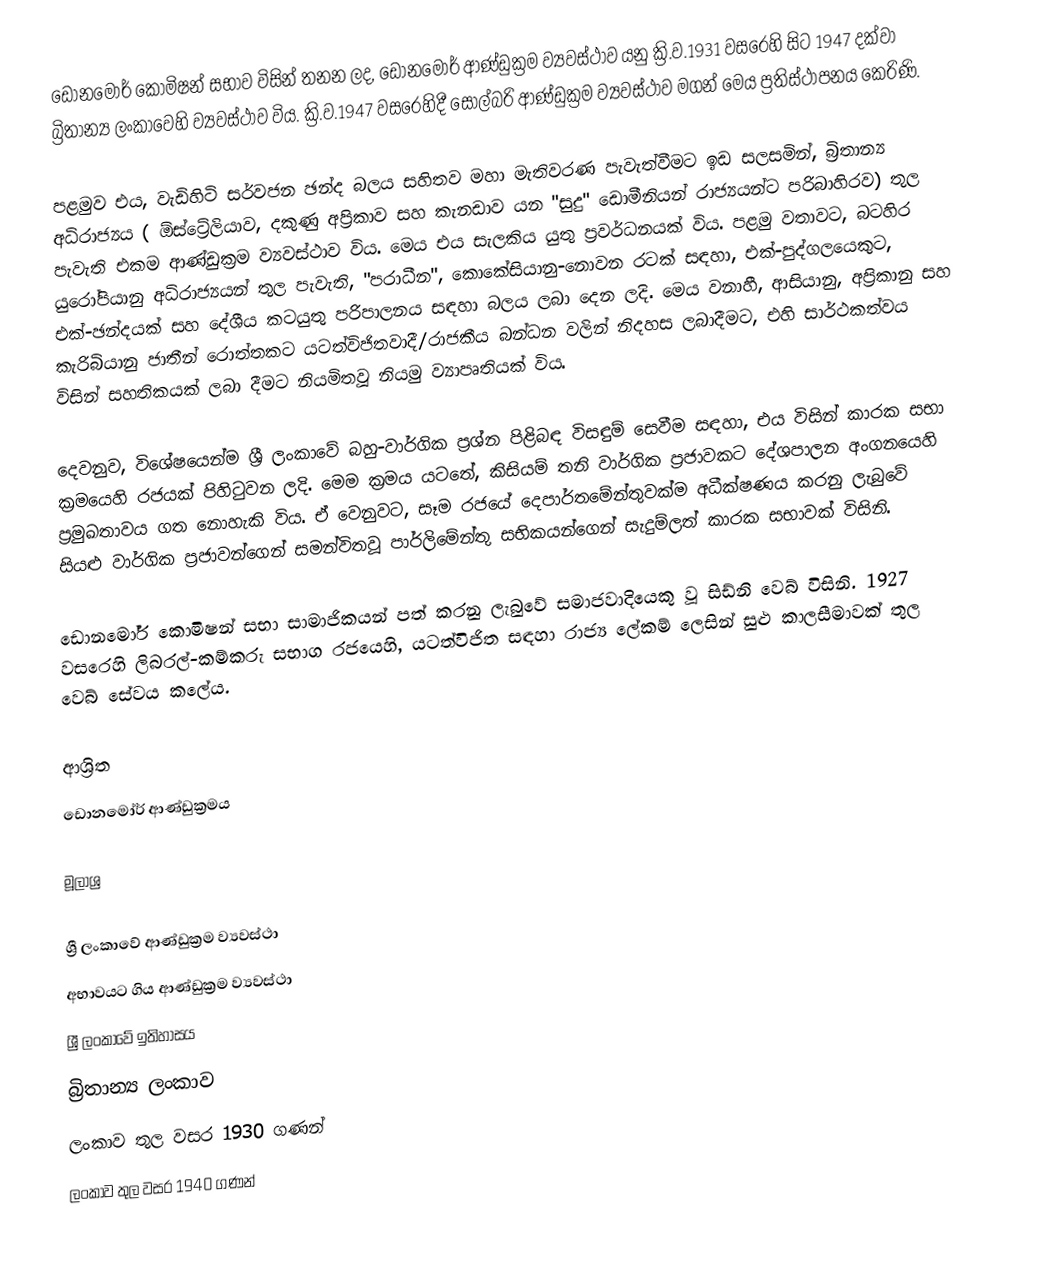
ඩොනමෝර් කොමිෂන් සභාව විසින් තනන ලද, ඩොනමෝර් ආණ්ඩුක්‍රම ව්‍යවස්ථාව යනු ක්‍රි.ව.1931 වසරෙහි සිට 1947 දක්වා බ්‍රිතාන්‍ය ලංකාවෙහි ව්‍යවස්ථාව විය. ක්‍රි.ව.1947 වසරෙහිදී  සෝල්බරි ආණ්ඩුක්‍රම ව්‍යවස්ථාව මගන් මෙය ප්‍රතිස්ථාපනය කෙරිණි.

පළමුව එය, වැඩිහිටි  සර්වජන ඡන්ද බලය සහිතව මහා මැතිවරණ පැවැත්වීමට ඉඩ සලසමින්, බ්‍රිතාන්‍ය අධිරාජ්‍යය ( ඕස්ට්‍රේලියාව, දකුණු අප්‍රිකාව සහ කැනඩාව යන  "සුදු" ඩොමීනියන් රාජ්‍යයන්ට පරිබාහිරව) තුල පැවැති එකම ආණ්ඩුක්‍රම ව්‍යවස්ථාව විය. මෙය එය සැලකිය යුතු ප්‍රවර්ධනයක් විය. පළමු වතාවට, බටහිර යුරෝපියානු අධිරාජ්‍යයන් තුල පැවැති, "පරාධීන", කොකේසියානු-නොවන රටක් සඳහා, එක්-පුද්ගලයෙකුට, එක්-ඡන්දයක් සහ දේශීය කටයුතු පරිපාලනය සඳහා බලය ලබා දෙන ලදි. මෙය වනාහී, ආසියානු, අප්‍රිකානු සහ  කැරිබියානු  ජාතීන් රොත්තකට යටත්විජිතවාදී/රාජකීය බන්ධන වලින් නිදහස ලබාදීමට, එහි සාර්ථකත්වය විසින් සහතිකයක් ලබා දීමට නියමිතවූ නියමු ව්‍යාපෘතියක් විය.

දෙවනුව, විශේෂයෙන්ම  ශ්‍රී ලංකාවේ බහු-වාර්ගික ප්‍රශ්න පිළිබඳ විසඳුම් සෙවීම සඳහා, එය විසින් කාරක සභා ක්‍රමයෙහි රජයක් පිහිටුවන ලදි. මෙම ක්‍රමය යටතේ, කිසියම් තනි වාර්ගික ප්‍රජාවකට දේශපාලන අංගනයෙහි ප්‍රමුඛතාවය ගත නොහැකි විය. ඒ වෙනුවට, සෑම රජයේ දෙපාර්තමේන්තුවක්ම අධීක්ෂණය කරනු ලැබුවේ සියළු වාර්ගික ප්‍රජාවන්ගෙන් සමන්විතවූ පාර්ලිමේන්තු සභිකයන්ගෙන් සැදුම්ලත් කාරක සභාවක් විසිනි.

ඩොනමෝර් කොමිෂන් සභා සාමාජිකයන් පත් කරනු ලැබුවේ සමාජවාදියෙකු වූ  සිඩ්නි වෙබ් විසිනි. 1927 වසරෙහි ලිබරල්-කම්කරු සභාග රජයෙහි, යටත්විජිත සඳහා  රාජ්‍ය ලේකම් ලෙසින් සුළු කාලසීමාවක් තුල වෙබ් සේවය කලේය.

ආශ්‍රිත
 ඩොනමෝර් ආණ්ඩුක්‍රමය

මූලාශ්‍ර

ශ්‍රී ලංකාවේ ආණ්ඩුක්‍රම ව්‍යවස්ථා
අභාවයට ගිය ආණ්ඩුක්‍රම ව්‍යවස්ථා
ශ්‍රී ලංකාවේ ඉතිහාසය
බ්‍රිතාන්‍ය ලංකාව
ලංකාව තුල වසර 1930 ගණන්
ලංකාව තුල වසර 1940 ගණන්